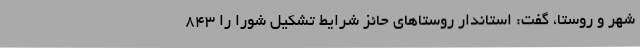
شهر و روستا، گفت: استاندار روستا‌های حائز شرایط تشکیل شورا را ۸۴۳